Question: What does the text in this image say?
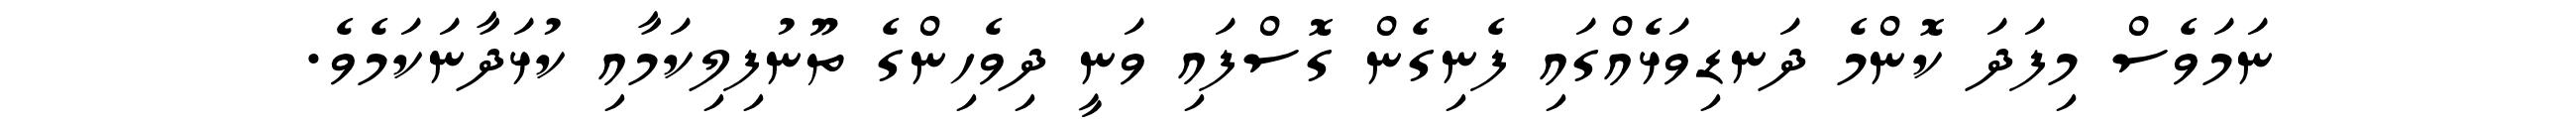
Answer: ނަމަވެސް މިފަދަ ކޮންމެ ދަނޑިވަޅެއްގައި ފެނިގެން ގޮސްފައި ވަނީ ދިވެހިންގެ ތޫނުފިލިކަމާއި ކުޅަދާނަކަމެވެ.